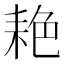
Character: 𬚐